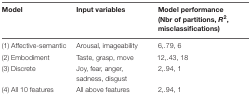
<table><thead><tr><td><b>Model</b></td><td><b>Input variables</b></td><td><b>Model performance (Nbr of partitions, <i>R</i><sup>2</sup>, misclassifications)</b></td></tr></thead><tbody><tr><td>(1) Affective-semantic</td><td>Arousal, imageability</td><td>6,.79, 6</td></tr><tr><td>(2) Embodiment</td><td>Taste, grasp, move</td><td>12,.43, 18</td></tr><tr><td>(3) Discrete</td><td>Joy, fear, anger, sadness, disgust</td><td>2,.94, 1</td></tr><tr><td>(4) All 10 features</td><td>All above features</td><td>2,.94, 1</td></tr></tbody></table>